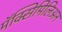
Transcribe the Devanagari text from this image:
मॅक्सिमिलिअन